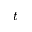
t